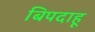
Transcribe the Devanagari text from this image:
बिपदाहू